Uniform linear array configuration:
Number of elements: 64
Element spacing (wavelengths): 0.75
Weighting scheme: cosine
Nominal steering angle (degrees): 60
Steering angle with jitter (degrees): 59.433
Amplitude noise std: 0.05
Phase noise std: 0.05

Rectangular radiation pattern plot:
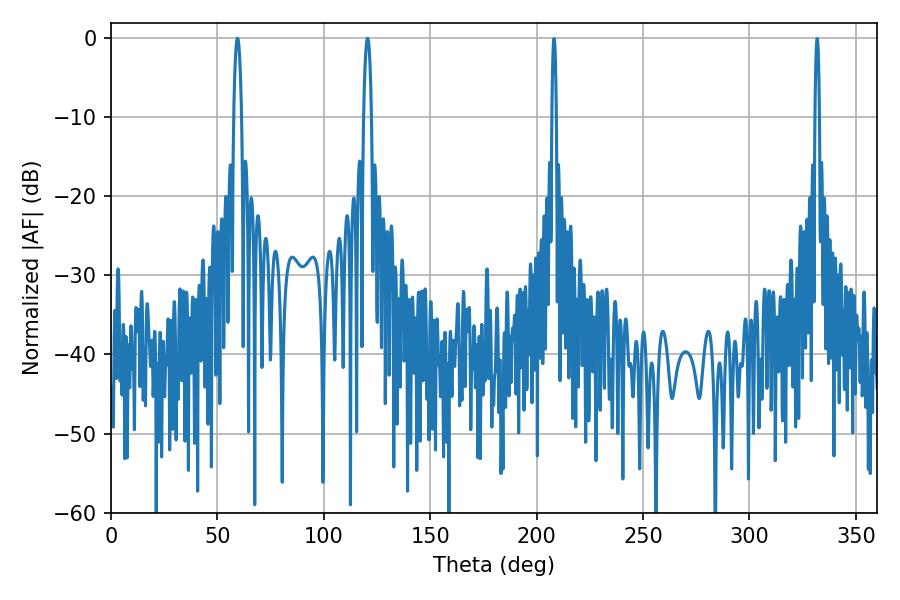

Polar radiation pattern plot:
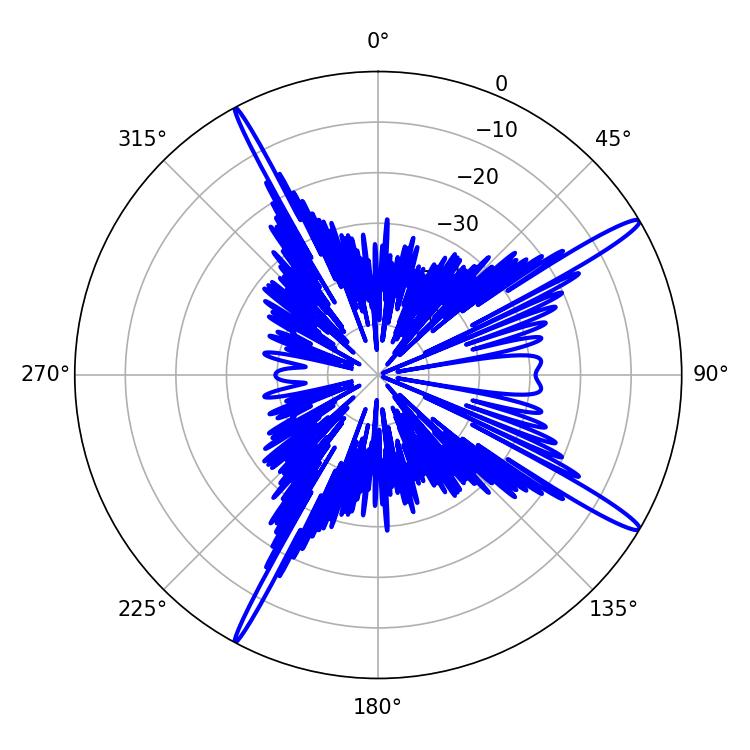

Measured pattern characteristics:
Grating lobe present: TRUE
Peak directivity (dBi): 16.106
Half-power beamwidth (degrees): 1.98
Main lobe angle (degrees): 59.4